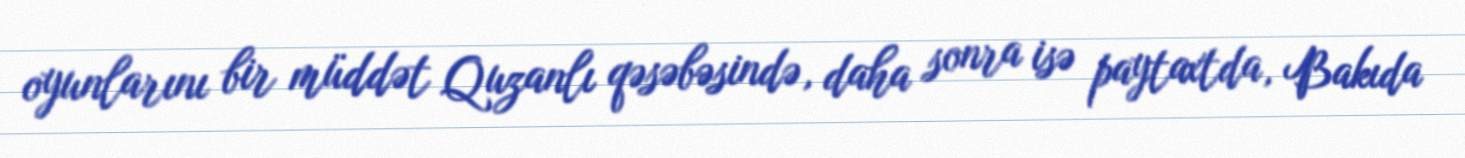
oyunlarını bir müddət Quzanlı qəsəbəsində, daha sonra isə paytaxtda, Bakıda